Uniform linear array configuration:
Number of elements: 12
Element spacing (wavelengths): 1
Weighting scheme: uniform
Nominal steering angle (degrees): -30
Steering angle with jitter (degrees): -30.173
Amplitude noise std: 0.05
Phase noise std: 0.05

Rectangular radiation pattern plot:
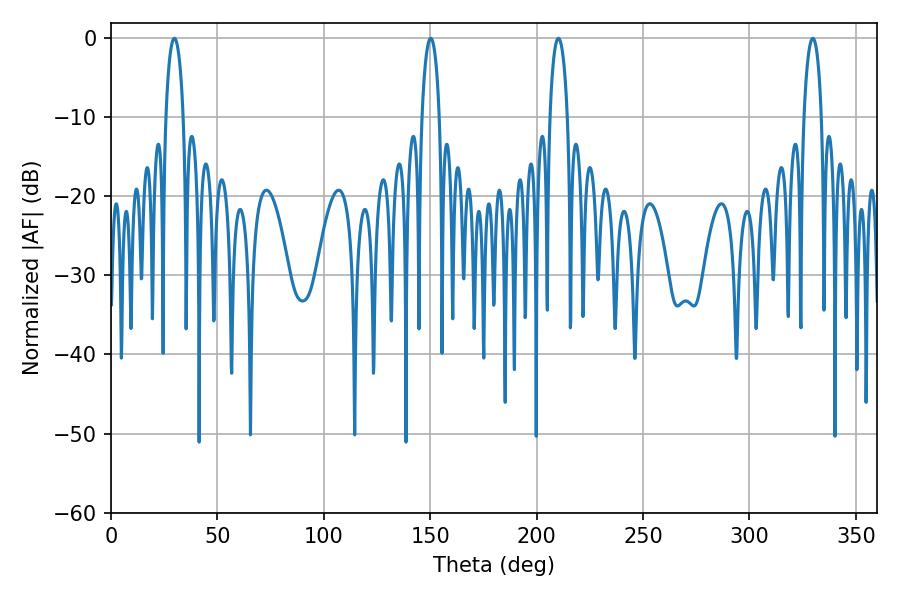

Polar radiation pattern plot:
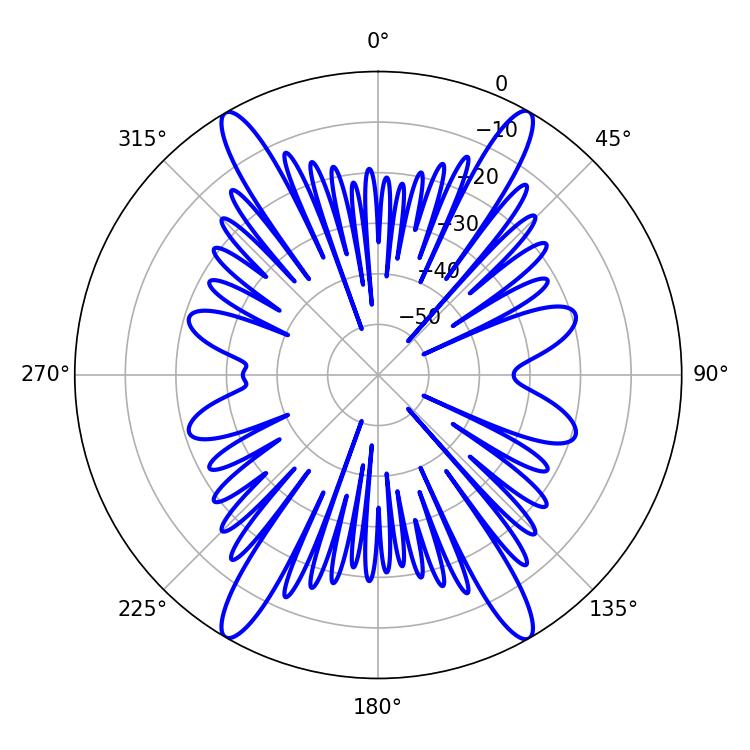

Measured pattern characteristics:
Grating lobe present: TRUE
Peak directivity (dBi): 35.409
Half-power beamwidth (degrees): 4.68
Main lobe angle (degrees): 210.24